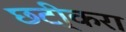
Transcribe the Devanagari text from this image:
छटी्करा